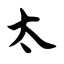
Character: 太